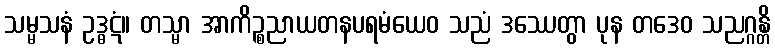
သမ္မသနံ ဥဒ္ဓဋံ။ တသ္မာ အာကိဉ္စညာယတနပရမံယေဝ သညံ ဒဿေတွာ ပုန တဒေဝ သညဂ္ဂန္တိ